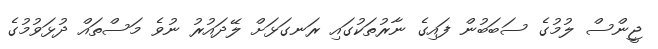
ޖީންސް ލުމުގެ ސަބަބުން ފައިގެ ނާރުތަކުގައި ރަނގަޅަށް ލޭދައުރު ނުވެ މަސްތައް ދުޅަވުމުގެ